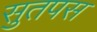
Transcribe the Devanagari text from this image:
सुतपस